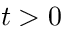
t > 0